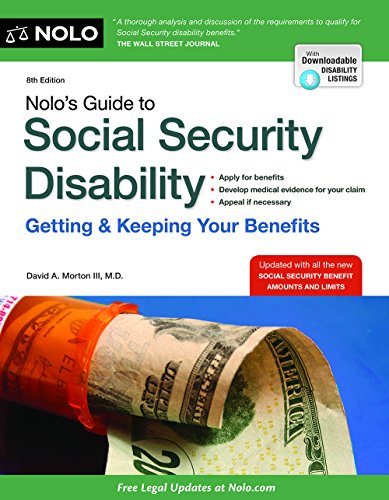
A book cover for Nolo's Guide to Social Security Disability: Getting & Keeping Your Benefits; David A. Morton III  M.D.; Law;